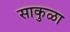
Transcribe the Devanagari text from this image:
साकुळा